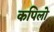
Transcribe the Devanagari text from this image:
कपिलो